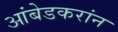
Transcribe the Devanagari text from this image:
आंबेडकरांन